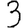
Digit: 3